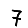
Digit: 7